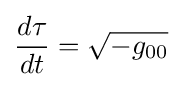
{\frac {d\tau }{dt}}={\sqrt {-g_{00}}}